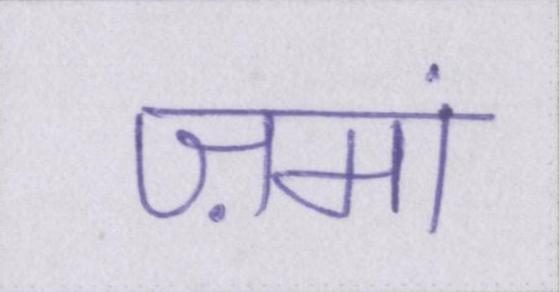
ज़मां